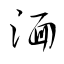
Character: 湎